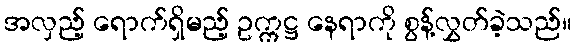
အလှည့် ရောက်ရှိမည့် ဥက္ကဋ္ဌ နေရာကို စွန့်လွှတ်ခဲ့သည်။